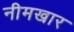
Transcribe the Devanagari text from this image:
नीमखार